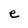
Character: e